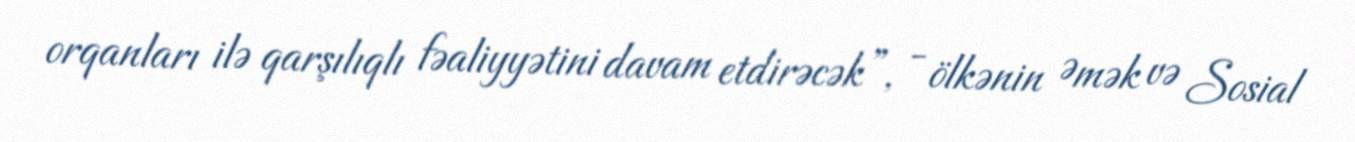
orqanları ilə qarşılıqlı fəaliyyətini davam etdirəcək”, - ölkənin Əmək və Sosial